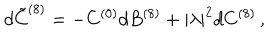
d { \tilde { C } } ^ { ( 8 ) } = - C ^ { ( 0 ) } d B ^ { ( 8 ) } + | \lambda | ^ { 2 } d C ^ { ( 8 ) } \, ,